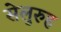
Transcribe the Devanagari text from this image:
सेलुरुह